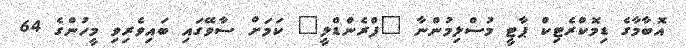
އޮބާމާގެ ޑިމޮކްރެޓިކް ޕާޓީ މުސްލިމުންނާ "ފްރެންޑްލީ" ކަމަށް ސާވޭގައި ބައިވެރިވި މީހުންގެ 64